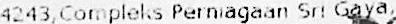
4243,COMPLEKS PERNIAGAAN SRI GAYA,